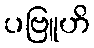
ပဗြူဟိ